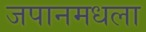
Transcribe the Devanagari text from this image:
जपानमधला